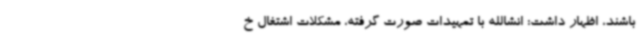
باشند، اظهار داشت: انشالله با تمهیدات صورت گرفته، مشکلات اشتغال خ